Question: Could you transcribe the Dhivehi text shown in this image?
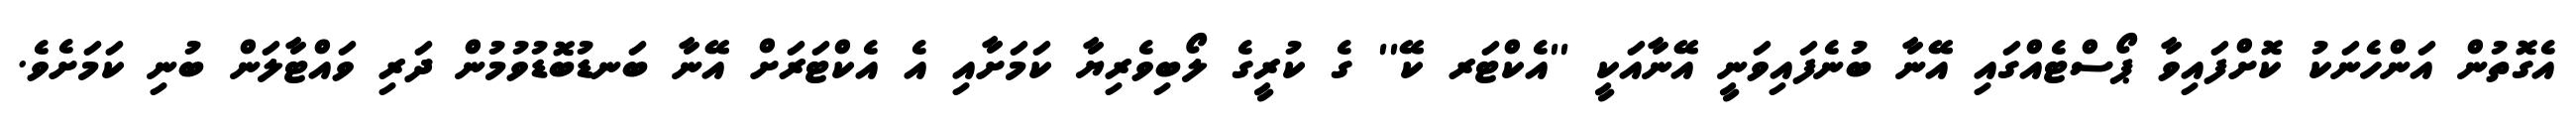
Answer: އެގޮތުން އަންހެނަކު ކޮށްފައިވާ ޕޯސްޓެއްގައި އޭނާ ބުނެފައިވަނީ އޭނާއަކީ ''އެކްޓަރ ކޭ'' ގެ ކުރީގެ ލޯބިވެރިޔާ ކަމަށާއި އެ އެކްޓަރަށް އޭނާ ބަނޑުބޮޑުވުމުން ދަރި ވައްޓާލަން ބުނި ކަމަށެވެ.